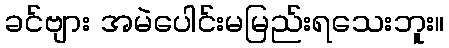
ခင်ဗျား အမဲပေါင်းမမြည်းရသေးဘူး။